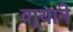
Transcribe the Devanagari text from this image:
वार्‍याने